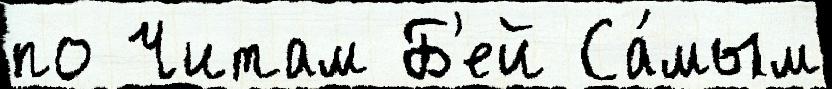
по Читам Б'ей Са́мым